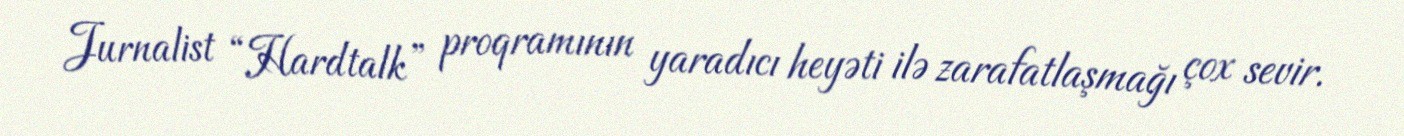
Jurnalist “Hardtalk” proqramının yaradıcı heyəti ilə zarafatlaşmağı çox sevir.